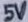
Text: 5V